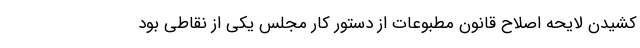
کشیدن لایحه اصلاح قانون مطبوعات از دستور کار مجلس یکی از نقاطی بود